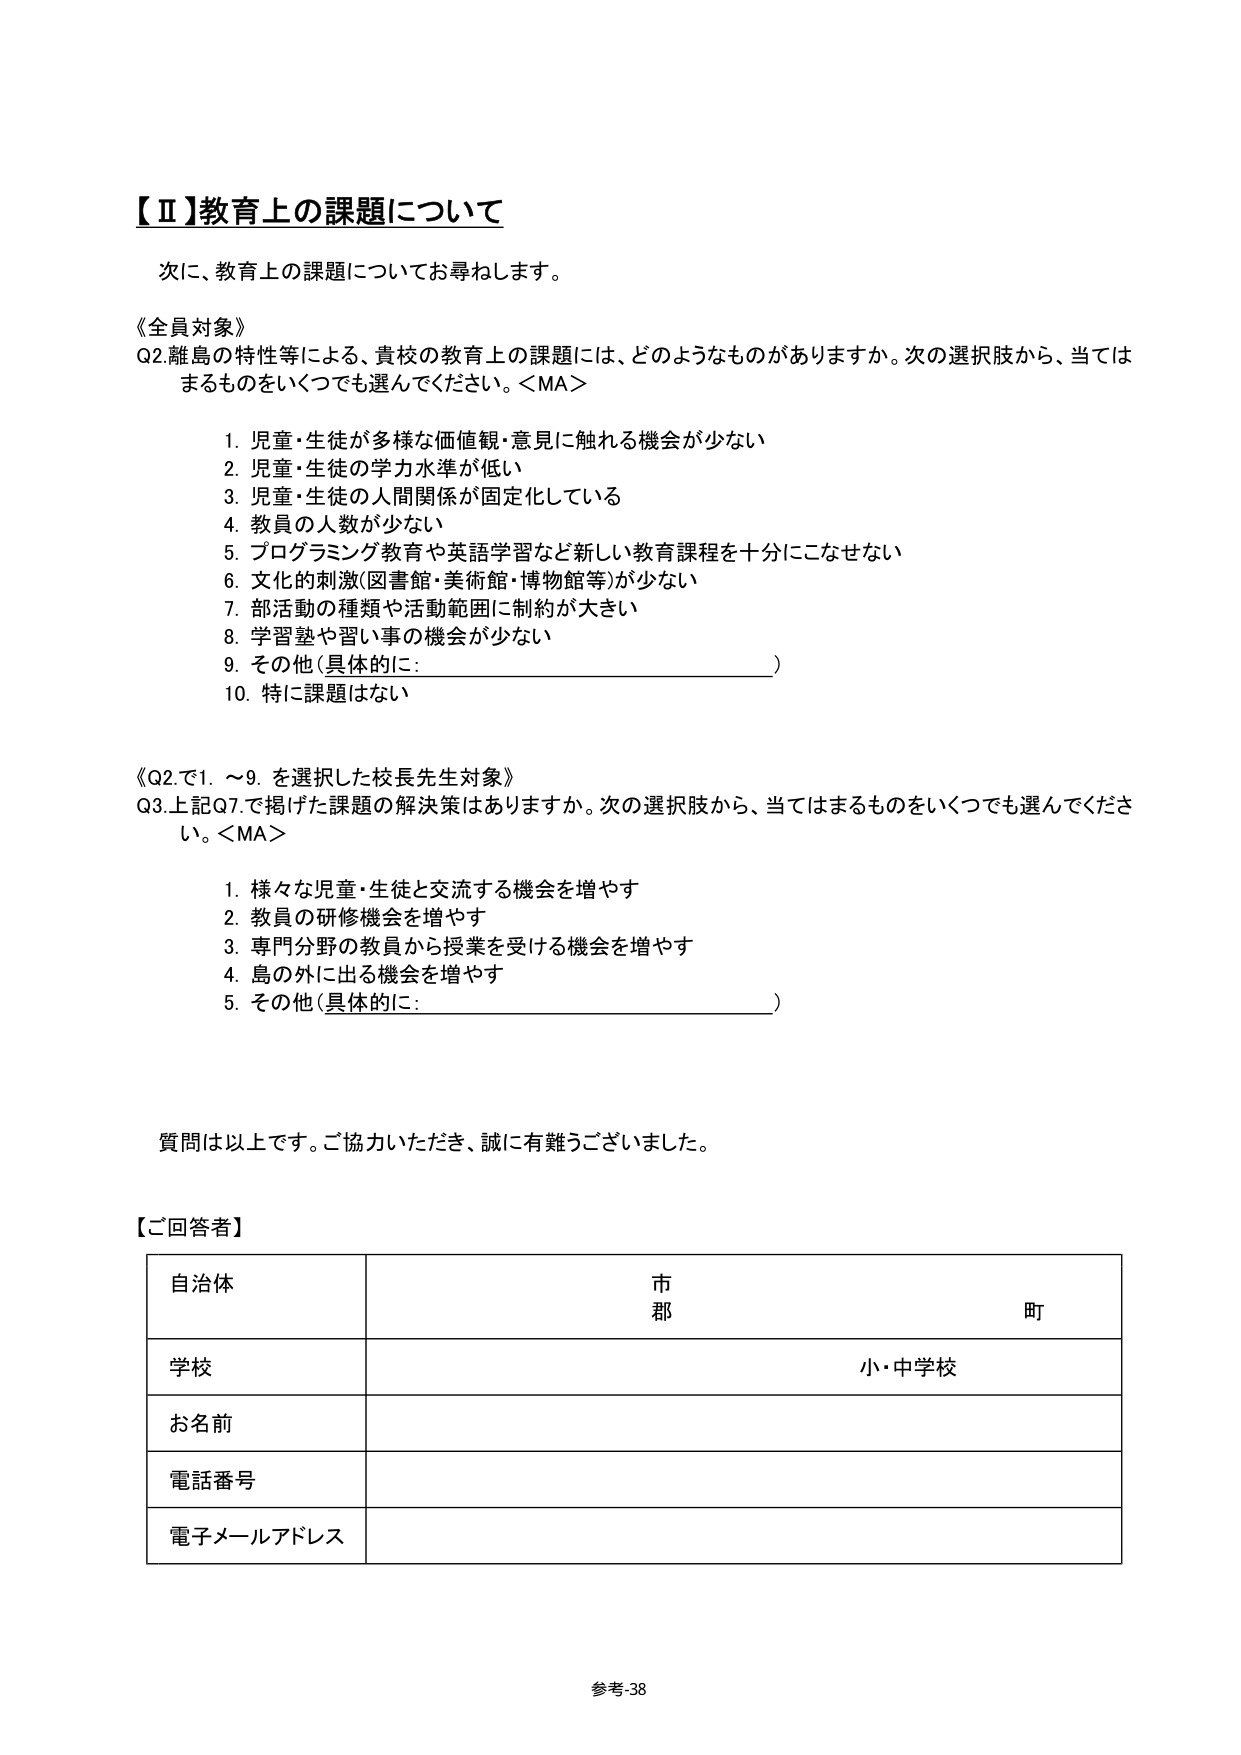
【Ⅱ】教育上の課題について

次に、教育上の課題についてお尋ねします。

《全員対象》
Q2.離島の特性等による、貴校の教育上の課題には、どのようなものがありますか。次の選択肢から、当てはまるものをいくつでも選んでください。＜MA＞

1. 児童・生徒が多様な価値観・意見に触れる機会が少ない
2. 児童・生徒の学力水準が低い
3. 児童・生徒の人間関係が固定化している
4. 教員の人数が少ない
5. プログラミング教育や英語学習など新しい教育課程を十分にこなせない
6. 文化的刺激(図書館・美術館・博物館等)が少ない
7. 部活動の種類や活動範囲に制約が大きい
8. 学習塾や習い事の機会が少ない
9. その他（具体的に：　　　　　　　　　　　　　　　）
10. 特に課題はない

《Q2.で1.～9.を選択した校長先生対象》
Q3.上記Q7.で掲げた課題の解決策はありますか。次の選択肢から、当てはまるものをいくつでも選んでください。＜MA＞

1. 様々な児童・生徒と交流する機会を増やす
2. 教員の研修機会を増やす
3. 専門分野の教員から授業を受ける機会を増やす
4. 島の外に出る機会を増やす
5. その他（具体的に：　　　　　　　　　　　　　　　）

質問は以上です。ご協力いただき、誠に有難うございました。

【ご回答者】

| 自治体 | 市 | 郡 | 町 |
|--------|----|----|----|
| 学校   |    |    | 小・中学校 |
| お名前 |    |    |    |
| 電話番号 |    |    |    |
| 電子メールアドレス |    |    |    |

参考-38